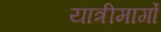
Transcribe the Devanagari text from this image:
यात्रीमार्गो